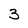
Character: 3